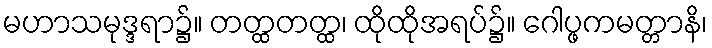
မဟာသမုဒ္ဒရာ၌။ တတ္ထတတ္ထ၊ ထိုထိုအရပ်၌။ ဂေါပ္ဖကမတ္တာနိ၊